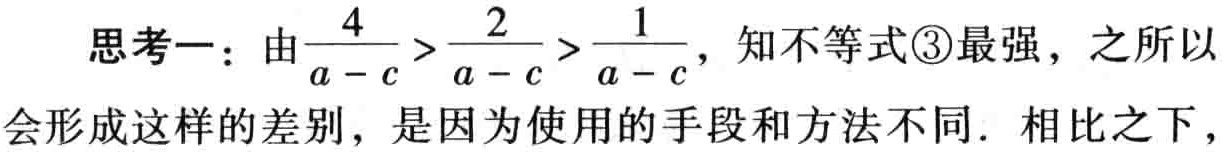
思考一：由$\frac{4}{a - c} > \frac{2}{a - c} > \frac{1}{a - c}$，知不等式\textcircled{3}最强，之所以会形成这样的差别，是因为使用的手段和方法不同．相比之下，